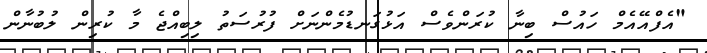
"އެފްއޭއެމް ހައުސް ބިނާ ކުރަންވެސް އަޅުގަނޑުމެންނަށް ފުރުސަތު ލިބިއްޖެ މާ ކުރިން ލުބުނާން